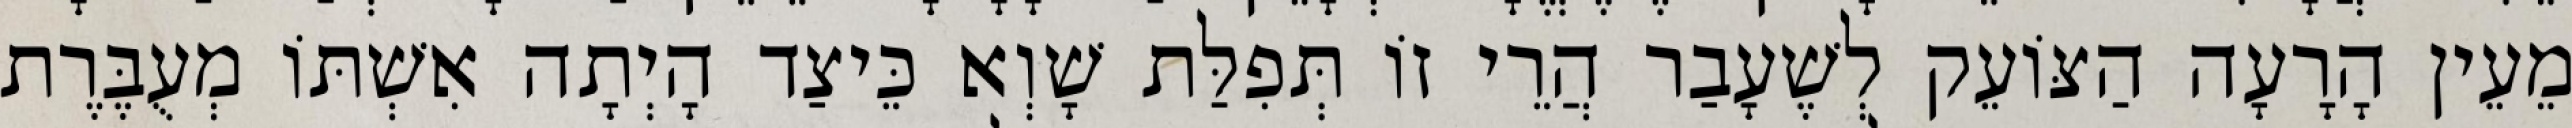
מֵעֵין הָרָעָה הַצּוֹעֵק לְשֶׁעָבַר הֲרֵי זוֹ תְּפִלַּת שָׁוְא כֵּיצַד הָיְתָה אִשְׁתּוֹ מְעֻבֶּרֶת